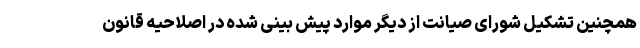
همچنین تشکیل شورای صیانت از دیگر موارد پیش بینی شده در اصلاحیه قانون